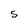
Character: S